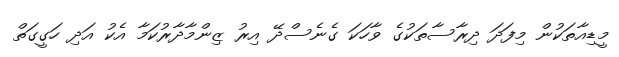
މީޑިއާތަކުން މިފަދަ ދިރާސާތަކުގެ ވާހަކަ ގެނެސްދޭ އިރު ޒިންމާދާރުކަމާ އެކު އަދި ހަގީގަތް